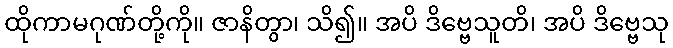
ထိုကာမဂုဏ်တို့ကို။ ဇာနိတွာ၊ သိ၍။ အပိ ဒိဗ္ဗေသူတိ၊ အပိ ဒိဗ္ဗေသု